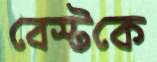
বেস্টকে